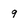
Character: 9